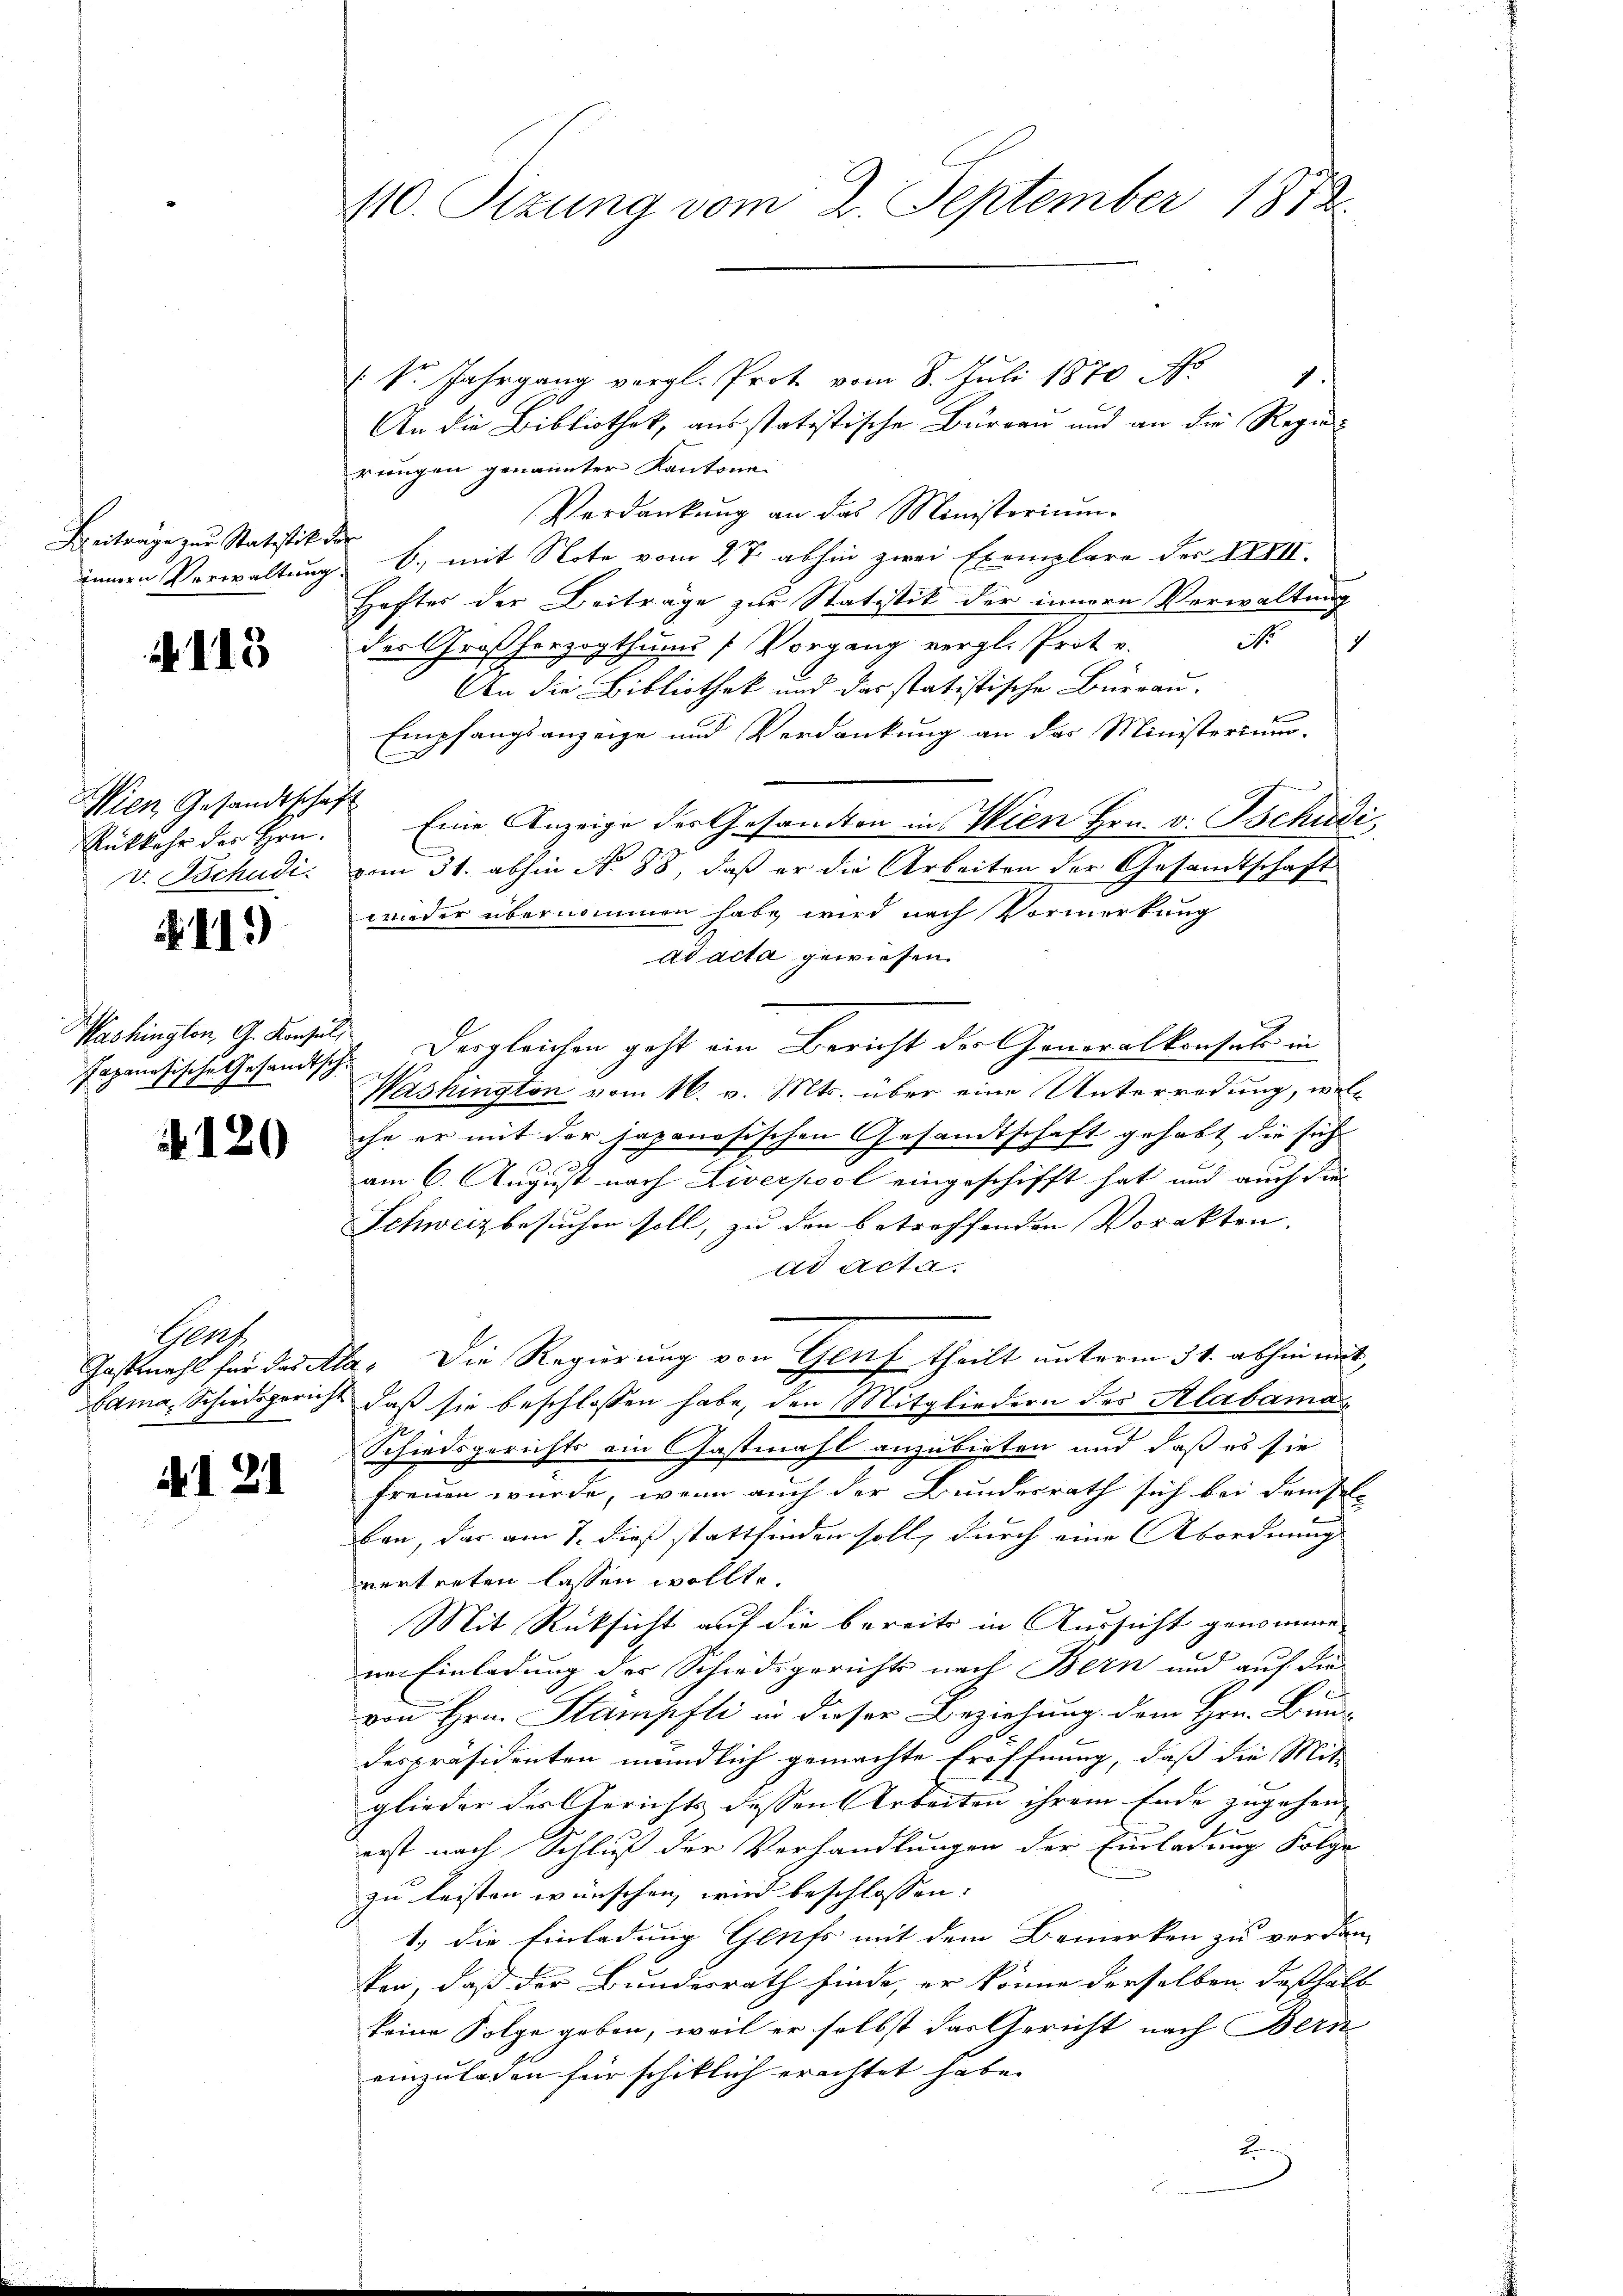
Beiträge zur Statistik den

. 113

Wien Gesandtschaft
Rükkehr des Hrn.

.II.)

Washington, G. Konsul,

A 120

Gers

N 121

410. Sizung vom 2. September 1873.

(Dr. Jahrgang vergl. Prot vom 8. Juli 1870 Ar
1
An die Bibliothek, aus statistischen Burgau und an die Regierengen genannter Kantone
Verdankŭng an das Ministoriŭm-
ienen Verwaltung B., mit Note vom 27. abhin zwei Exemplare der XXIII.
Heftes der Beiträge zur Statistik der innern Verwaltung
No
1
der Großherzogthums [Vorgang vergl. Prote.
An die Bibliothek und das statistische Bürrau-
Empfangsanzeige und Verdankung an das Ministerium.
Eine Anzeige der Gesandten in Wien Hrn. v. Tschudi,
v. Tschudi vom 31. abhin N. 88, daß er die Arbeiten der Gesandtschaft
wieder übernommen habe, wird nach Vormerkung
ad acta gewiesen.
fapanesische Gesandtsch. Dergleichen geht ein Bericht der Generalkonsuls in
Washington vom 16. v. Mts. über eine Unterredung, welche er mit der Japanösischen Gesandtschaft gehabt die sich
2
am 6. August nach Liverpool eingeschifft hat und auch die
Schweiz besuchen soll, zu den betreffenden Vorakten.
ad Acta.
Jastmahl für das Ala. Die Regierung von Genf theilt unterm 31. abhin mit
bama, Schiedsgericht, daß sie beschlossen habe, den Mitgliedern des Alabamas
e
Schiedsgerichts ein Gastmahl anzubieten und daß es sie
freuen wurde, wenn auch der Bundesrath sich bei demsel-
ben, das am 7. dieß stattfinden soll, durch eine Abordnung
vertreten lassen wollte.
Mit Rücksicht auf die bereits in Aussicht genommene Einladung der Schiedsgerichts nach Bern und auf die
von Hrn. Stämpfli in dieser Beziehung dem Hrn. Bund
despräsidenten mündlich gemachte Eröffnung, daß die Mit-
glieder des Gerichts dessen Arbeiten ihrem Ende zugehen |
erst nach Schluß der Verhandlungen der Einladung Folge
zu leisten wünschen wird beschlossen.
1.) die Einladung Genfs mit dem Bemerken zu verdan-
ker, daß der Bundesrath finde, er könne derselben deßhalb
keine Folge geben, weil er selbst das Gericht nach Bern
einzuladen für schiklich erachtet habe.
E